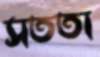
সততা